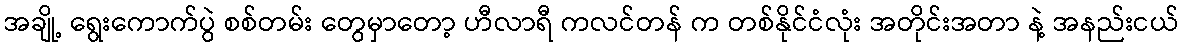
အချို့ ရွေးကောက်ပွဲ စစ်တမ်း တွေမှာတော့ ဟီလာရီ ကလင်တန် က တစ်နိုင်ငံလုံး အတိုင်းအတာ နဲ့ အနည်းငယ်